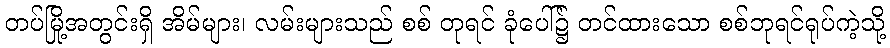
တပ်မြို့အတွင်းရှိ အိမ်များ၊ လမ်းများသည် စစ် တုရင် ခုံပေါ်၌ တင်ထားသော စစ်ဘုရင်ရုပ်ကဲ့သို့